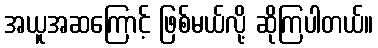
အယူအဆကြောင့် ဖြစ်မယ်လို့ ဆိုကြပါတယ်။